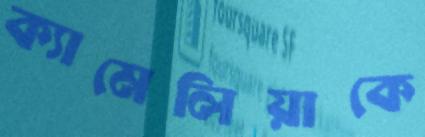
ক্যামেলিয়াকে